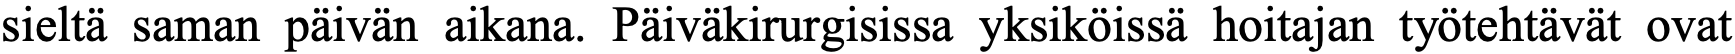
sieltä saman päivän aikana. Päiväkirurgisissa yksiköissä hoitajan työtehtävät ovat